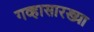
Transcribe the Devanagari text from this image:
गव्हासारख्या